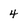
Character: 4